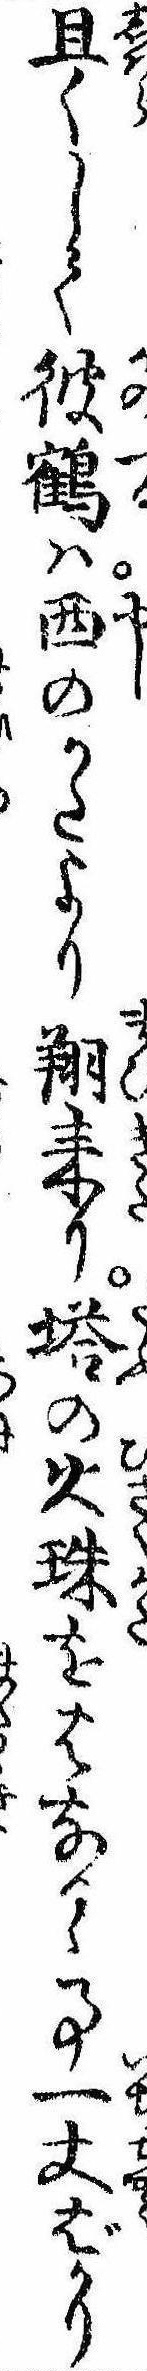
且くして彼鶴は西のかたより翔来り塔の火珠をはなるゝ事一丈ばかり